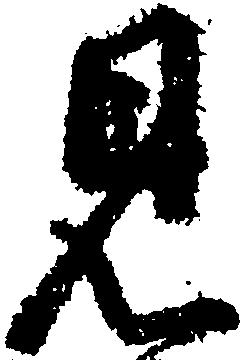
見